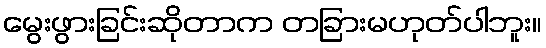
မွေးဖွားခြင်းဆိုတာက တခြားမဟုတ်ပါဘူး။